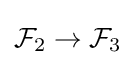
{\mathcal {F}}_{2}\to {\mathcal {F}}_{3}